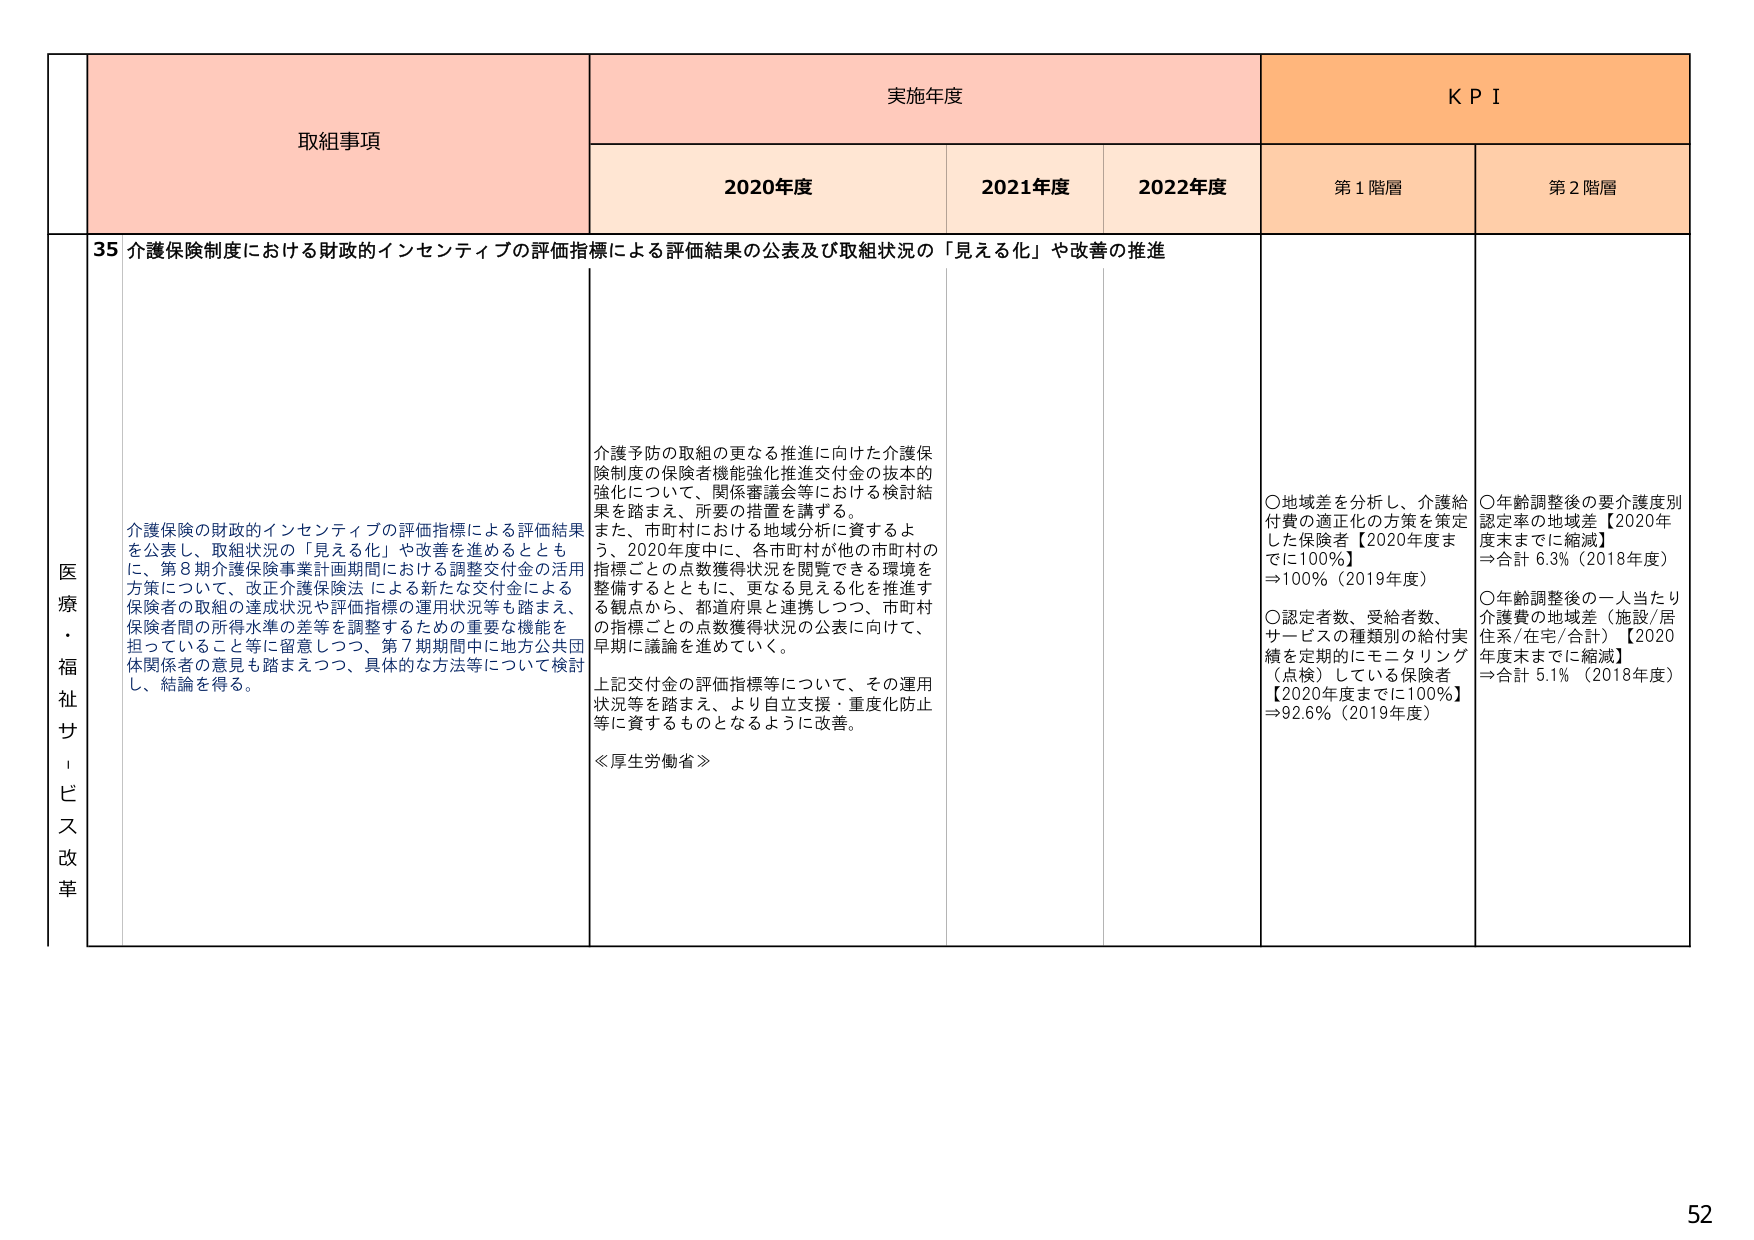
医療・福祉サービス改革

取組事項

実施年度

KPI

2020年度

2021年度

2022年度

第1階層

第2階層

35 介護保険制度における財政的インセンティブの評価指標による評価結果の公表及び取組状況の「見える化」や改善の推進

介護保険の財政的インセンティブの評価指標による評価結果を公表し、取組状況の「見える化」や改善を進めるとともに、第8期介護保険事業計画期間における調整交付金の活用方策について、改正介護保険法による新たな交付金による保険者の取組の達成状況や評価指標の運用状況等も踏まえ、保険者間の所得水準の差等を調整するための重要な機能を担っていること等に留意しつつ、第7期期間中に地方公共団体関係者の意見も踏まえつつ、具体的な方法等について検討し、結論を得る。

介護予防の取組の更なる推進に向けた介護保険制度の保険者機能強化推進交付金の抜本的強化について、関係審議会等における検討結果を踏まえ、所要の措置を講ずる。
また、市町村における地域分析に資するよう、2020年度中に、各市町村が他の市町村の指標ごとの点数獲得状況を閲覧できる環境を整備するとともに、更なる見える化を推進する観点から、都道府県と連携しつつ、市町村の指標ごとの点数獲得状況の公表に向けて、早期に議論を進めていく。
上記交付金の評価指標等について、その運用状況等を踏まえ、より自立支援・重度化防止等に資するものとなるように改善。
≪厚生労働省≫

〇地域差を分析し、介護給付費の適正化の方策を策定した保険者【2020年度までに100％】
⇒100％（2019年度）

〇認定者数、受給者数、サービスの種類別の給付実績を定期的にモニタリング（点検）している保険者【2020年度までに100％】
⇒92.6％（2019年度）

〇年齢調整後の要介護度別認定率の地域差【2020年度末までに縮減】
⇒合計 6.3％（2018年度）

〇年齢調整後の一人当たり介護費の地域差（施設/居住系/在宅/合計）【2020年度末までに縮減】
⇒合計 5.1％（2018年度）

52